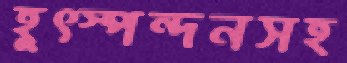
হূত্স্পন্দনসহ